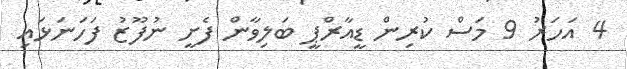
4 އަހަރު 9 މަސް ކުރިން ޑީއާރްޕީ ބަލިވާން ފެށީ ނުފޫޒު ފަހަނަޅައި